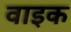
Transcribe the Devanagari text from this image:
वाइक